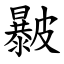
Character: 㿺